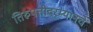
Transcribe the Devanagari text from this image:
तिरुपतीदरम्यानचे